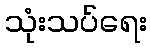
သုံးသပ်ရေး